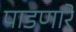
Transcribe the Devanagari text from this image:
पाडणारें